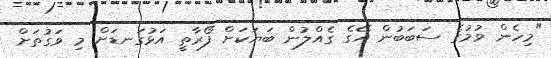
"މިހެން ވުމުގެ ސަބަބުން އޭގެ ގެއްލުން ބަޔަކަށް ފޯރާތީ އަޅުގަނޑަށް މި ވަގުތަށް